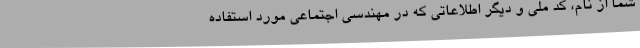
شما از نام، کد ملی و دیگر اطلاعاتی که در مهندسی اجتماعی مورد استفاده